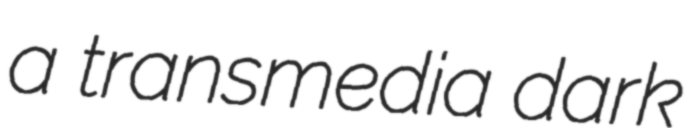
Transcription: a transmedia dark